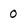
Character: 0